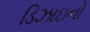
ડિઝાઇનો